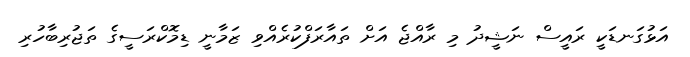
އަޅުގަނޑަކީ ރައީސް ނަޝީދު މި ރާއްޖެ އަށް ތައާރަފްކުރެއްވި ޒަމާނީ ޑިމޮކްރަސީގެ ތަޖުރިބާހުރި